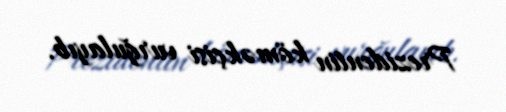
Prezidentin köməkçisi vurğulayıb.